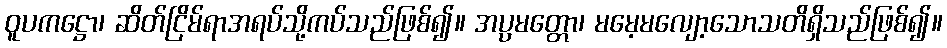
ဝူပကဋ္ဌော၊ ဆိတ်ငြိမ်ရာအရပ်သို့ကပ်သည်ဖြစ်၍။ အပ္ပမတ္တော၊ မမေ့မလျော့သောသတိရှိသည်ဖြစ်၍။